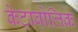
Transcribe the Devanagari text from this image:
केटाबोलिक